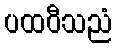
ပထဝီသညံ